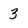
Character: 3